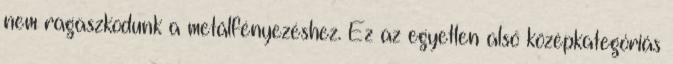
nem ragaszkodunk a metálfényezéshez. Ez az egyetlen alsó középkategóriás